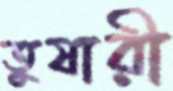
তুষারী